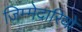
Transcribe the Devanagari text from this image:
जिम्‍मेदारियों